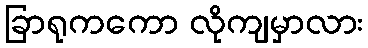
ခြာရုကကော လိုကျမှာလား